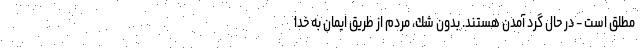
مطلق است - در حال گرد آمدن هستند. بدون شك، مردم از طريق ايمان به خدا